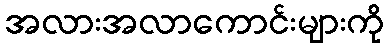
အလားအလာကောင်းများကို